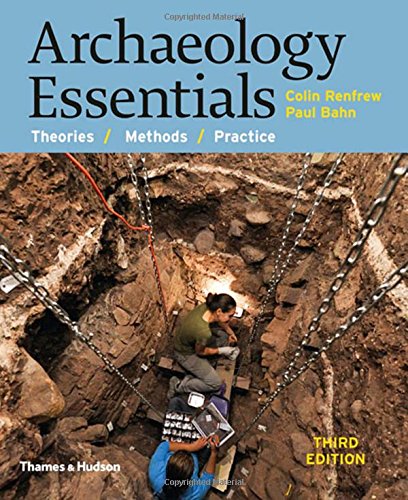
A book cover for Archaeology Essentials: Theories, Methods, and Practice (Third Edition); Colin Renfrew; Science & Math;